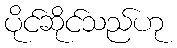
ပိုင်ဆိုင်သည်ဟု